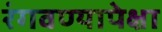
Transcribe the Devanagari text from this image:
रंगवण्यापेक्षा